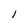
Character: 1